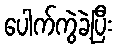
ပေါက်ကွဲခဲ့ပြီး